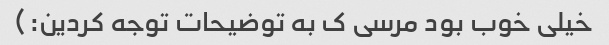
خیلی خوب بود مرسی ک به توضیحات توجه کردین:)